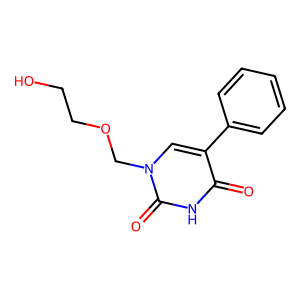
SMILES: O=c1[nH]c(=O)n(COCCO)cc1-c1ccccc1
Inhibits HIV replication: No